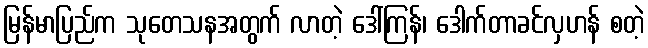
မြန်မာပြည်က သုတေသနအတွက် လာတဲ့ ဒေါ်ကြန်၊ ဒေါက်တာခင်လှဟန် စတဲ့